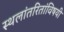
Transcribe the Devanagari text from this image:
स्थलांतरितांविषयी